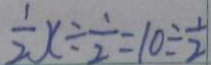
\frac { 1 } { 2 } x \div \frac { 1 } { 2 } = 1 0 \div \frac { 1 } { 2 }